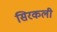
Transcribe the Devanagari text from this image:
सिरकली